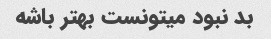
بد نبود میتونست بهتر باشه